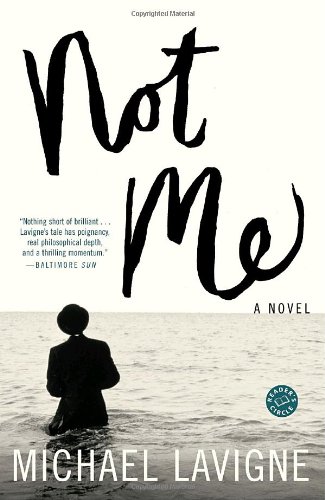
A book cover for Not Me: A Novel; Michael Lavigne; Literature & Fiction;